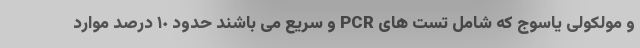
و مولکولی یاسوج که شامل تست های PCR و سریع می باشند حدود ١٠ درصد موارد